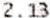
2.13